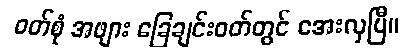
ဝတ်စုံ အဖျား ခြေချင်းဝတ်တွင် အေးလှပြီ။